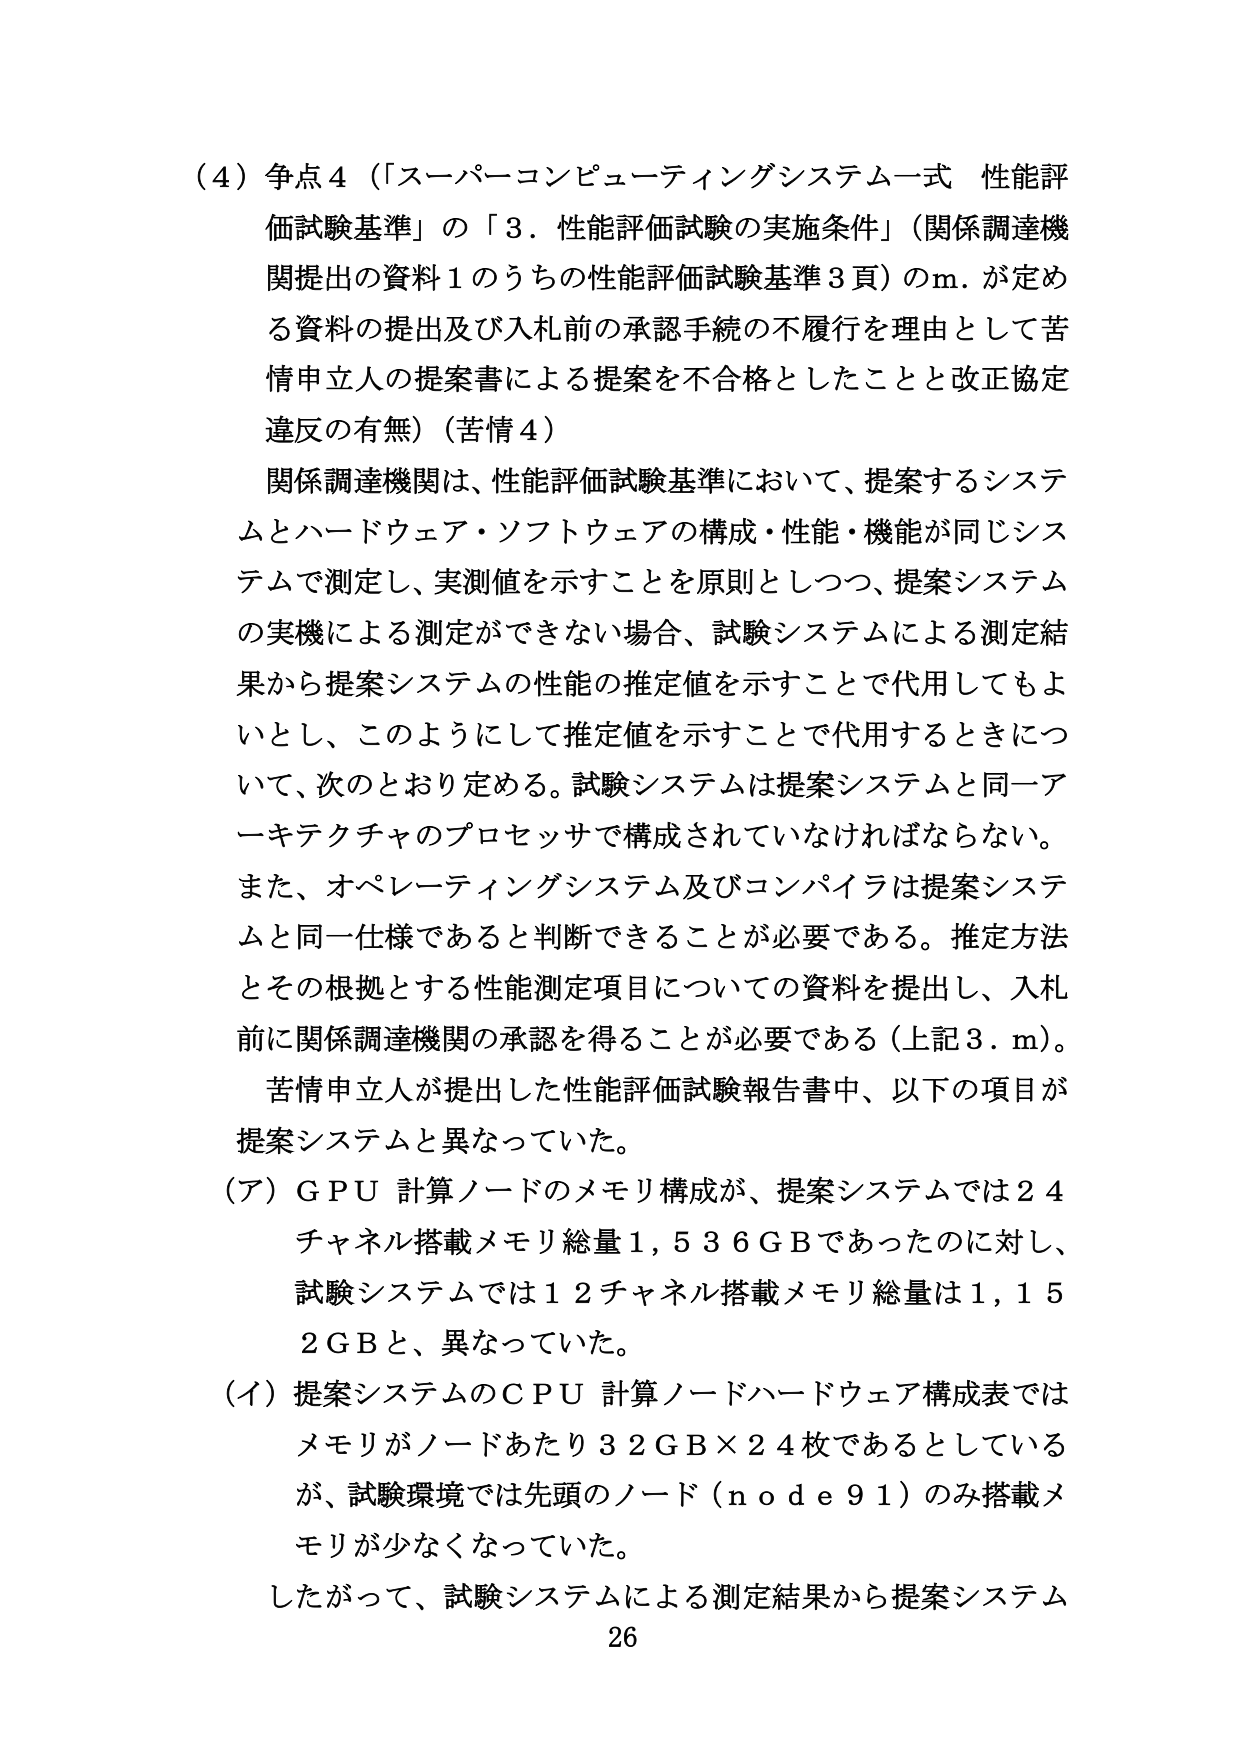
（4）争点4（「スーパーコンピューティングシステム一式 性能評価試験基準」の「3．性能評価試験の実施条件」（関係調達機関提出の資料1のうちの性能評価試験基準3頁）のm．が定める資料の提出及び入札前の承認手続の不履行を理由として苦情申立人の提案書による提案を不合格としたことと改正協定違反の有無）（苦情4）

関係調達機関は、性能評価試験基準において、提案するシステムとハードウェア・ソフトウェアの構成・性能・機能が同じシステムで測定し、実測値を示すことを原則としつつ、提案システムの実機による測定ができない場合、試験システムによる測定結果から提案システムの性能の推定値を示すことで代用してもよいとし、このようにして推定値を示すことで代用するときについて、次のとおり定める。試験システムは提案システムと同一アーキテクチャのプロセッサで構成されていなければならない。また、オペレーティングシステム及びコンパイラは提案システムと同一仕様であると判断できることが必要である。推定方法とその根拠とする性能測定項目についての資料を提出し、入札前に関係調達機関の承認を得ることが必要である（上記3．m）。

苦情申立人が提出した性能評価試験報告書中、以下の項目が提案システムと異なっていた。

（ア）GPU 計算ノードのメモリ構成が、提案システムでは24チャネル搭載メモリ総量1,536GBであったのに対し、試験システムでは12チャネル搭載メモリ総量は1,152GBと、異なっていた。

（イ）提案システムのCPU 計算ノードハードウェア構成表ではメモリがノードあたり32GB×24枚であるとしているが、試験環境では先頭のノード（node91）のみ搭載メモリが少なくなっていた。

したがって、試験システムによる測定結果から提案システム

26